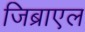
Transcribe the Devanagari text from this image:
जिब्राएल